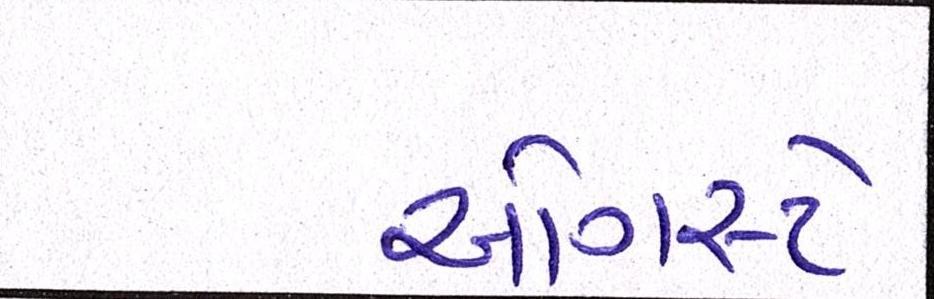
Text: ઓગસ્ટે